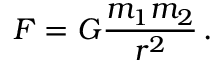
F = G { \frac { m _ { 1 } m _ { 2 } } { r ^ { 2 } } } \, .